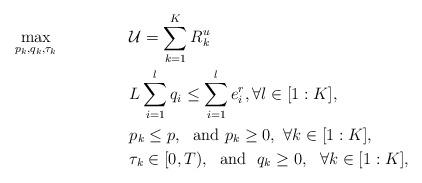
LaTeX: \begin{align*}&\underset{p_k, q_k, \tau_k}{\max} && \mathcal{U}=\sum\limits_{k=1}^K R^{u}_{k} \\& && L\sum\limits_{i=1}^l q_i \leq \sum\limits_{i=1}^l e^{r}_{i}, \forall l \in [1:K], \\&&& p_k \leq p, ~\mbox{ and } p_k \geq 0, ~ \forall k \in [1:K], \\&&&\tau_k\in[0,T), ~\mbox{ and } ~q_k\geq0,~~\forall k \in [1:K],\end{align*}